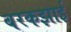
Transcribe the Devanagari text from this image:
बरकझाई